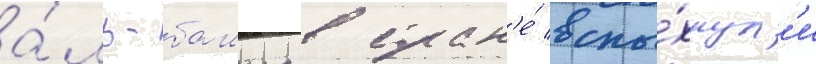
а́ль-башира в стран'е́ вспы́хнул'и